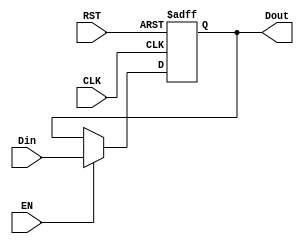
`timescale 1ns / 1ps

module reg32 #(parameter DataWidth = 32) (
    input [DataWidth - 1:0] Din,
    input EN,
    input CLK,
    input RST,
    output reg [DataWidth - 1:0] Dout
    );
    initial Dout <= 0;
    always @(posedge CLK or posedge RST) begin
        if (RST) Dout <= 0;
        else if (EN) Dout <= Din;
    end
endmodule